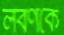
লবণকে